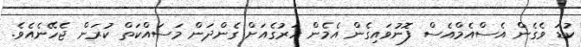
ކުޑަ ވެގެން އެސްއެމްއެސް ފޮނުވައިގެން އެމެން ހަރުގެއަށް ގެންދަން މަސައްކަތް ކުރަން ޖެހޭނެއެވެ.